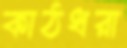
কাঠধরা